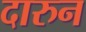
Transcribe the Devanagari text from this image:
दारुन